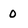
Character: 0